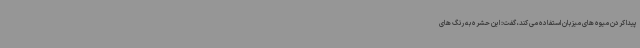
پیدا کردن میوه های میزبان استفاده می کند، گفت: این حشره به رنگ های